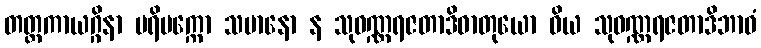
တတ္တကာယဂ္ဂိနာ ပရိပက္ကော သမာနော န သုဝဏ္ဏရဇတာဒိဓာတုယော ဝိယ သုဝဏ္ဏရဇတာဒိဘာဝံ